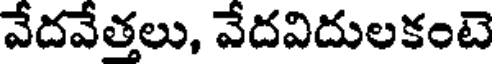
వేదవేత్తలు, వేదవిదులకంటె